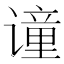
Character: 𫍼